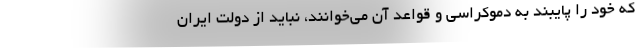
که خود را پایبند به دموکراسی و قواعد آن می‌خوانند، نباید از دولت ایران